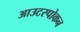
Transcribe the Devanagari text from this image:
आउटस्पोकन